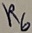
Text: R6